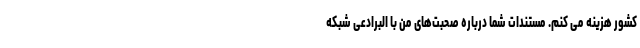
کشور هزینه می کنم. مستندات شما درباره صحبت‌های من با البرادعی شبکه